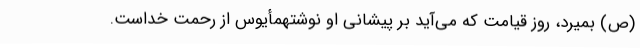
(ص) بمیرد، روز قیامت که می‌آید بر پیشانی او نوشتهمأیوس از رحمت خداست.